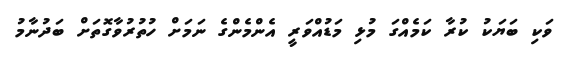
ވަކި ބަޔަކު ކުރާ ކަމެއްގަަ މުޅި މަޑުއްވަރީ އެންމެންގެ ނަމަށް ހުތުރުވާގޮތަށްް ބަދުނާމު